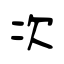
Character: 次